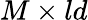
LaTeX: M\times ld